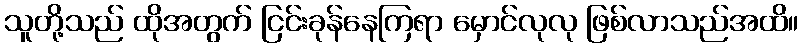
သူတို့သည် ထိုအတွက် ငြင်းခုန်နေကြရာ မှောင်လုလု ဖြစ်လာသည်အထိ။